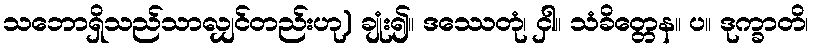
သဘောရှိသည်သာလျှင်တည်းဟု) ချုံး၍။ ဒဿေတုံ၊ ငှါ။ သံခိတ္တေန။ ပ။ ဒုက္ခာတိ၊